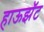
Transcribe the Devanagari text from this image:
हाऊझॅट